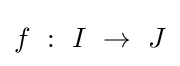
f~:~I~\to ~J